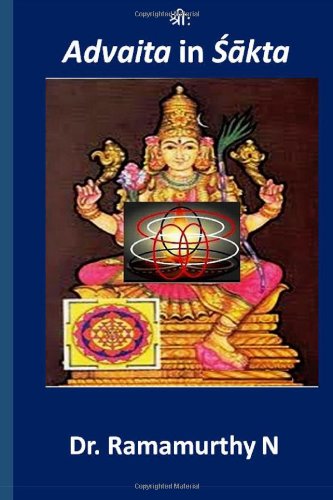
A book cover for Advaita in Shaakta: Advaita Principles in Shaakta Religion; Ramamurthy Natarajan; Religion & Spirituality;